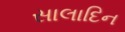
સાલાદિન